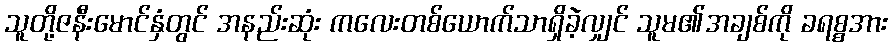
သူတို့ဇနီးမောင်နှံတွင် အနည်းဆုံး ကလေးတစ်ယောက်သာရှိခဲ့လျှင် သူမ၏အချစ်ကို ခရစ္စအား